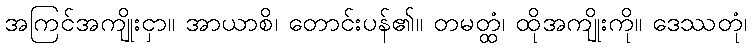
အကြင်အကျိုးငှာ။ အာယာစိ၊ တောင်းပန်၏။ တမတ္ထံ၊ ထိုအကျိုးကို။ ဒေဿတုံ၊